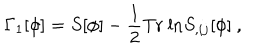
\Gamma _ { 1 } [ \phi ] = S [ \phi ] - \frac { 1 } { 2 } \mathrm { T r \ l n } S _ { , i j } [ \phi ] \ ,